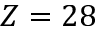
Z = 2 8